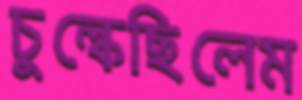
চুল্‌কেছিলেম